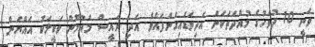
ވަނީ 10 ދުވަހުގެ މުއްދަތަކަށް އެދިވަޑައިގެންފައެވެ. އަދި ރައީސް މައުމޫން ވަކީލަކު އައްޔަން